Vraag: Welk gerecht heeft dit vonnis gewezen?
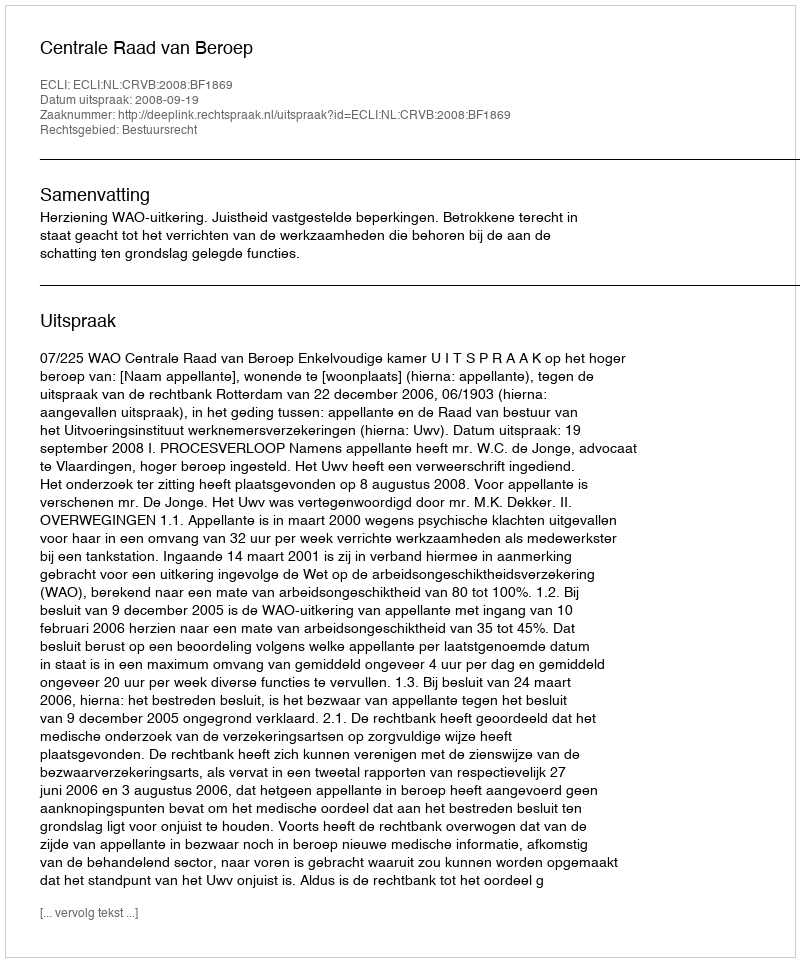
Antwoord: Centrale Raad van Beroep